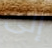
إلى